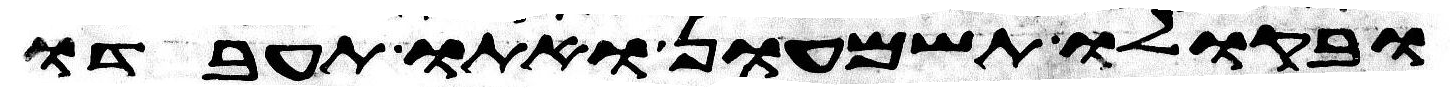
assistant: ובקולו תשמעון ואתו תעבדו